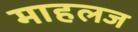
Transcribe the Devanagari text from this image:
माहलज